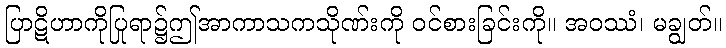
ပြာဋိဟာကိုပြုရာ၌ဤအာကာသကသိုဏ်းကို ဝင်စားခြင်းကို။ အဝဿံ၊ မချွတ်။